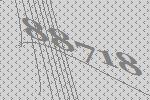
88718